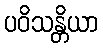
ပဝိသန္တိယာ